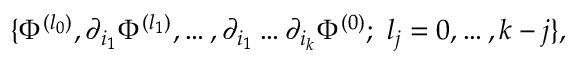
\{ \Phi ^ { ( l _ { 0 } ) } , \partial _ { i _ { 1 } } \Phi ^ { ( l _ { 1 } ) } , \ldots , \partial _ { i _ { 1 } } \dots \partial _ { i _ { k } } \Phi ^ { ( 0 ) } ; \, \, l _ { j } = 0 , \ldots , k - j \} ,